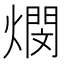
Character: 燘